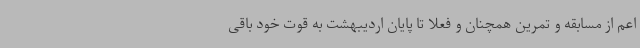
اعم از مسابقه و تمرین همچنان و فعلا تا پایان اردیبهشت به قوت خود باقی